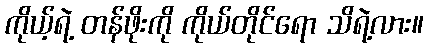
ကိုယ့်ရဲ့ တန်ဖိုးကို ကိုယ်တိုင်ရော သိရဲ့လား။